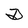
Character: D